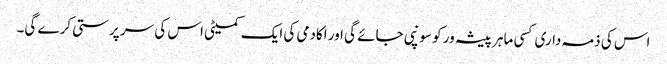
اس کی ذمہ داری کسی ماہر پیشہ ور کو سونپی جائے گی اور اکادمی کی ایک کمیٹی اس کی سر پرستی کرے گی۔